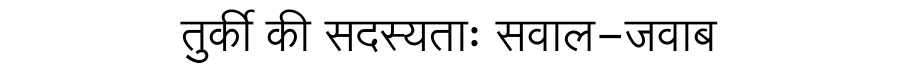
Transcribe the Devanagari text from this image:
तुर्की की सदस्यताः सवाल-जवाब